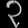
Digit: ၃